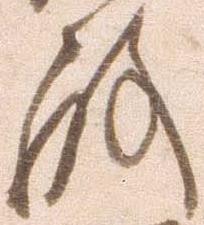
殿